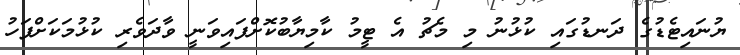
ޔުނައިޓެޑުގެ ދަނޑުގައި ކުޅުނު މި މެޗު އެ ޓީމު ކާމިޔާބުކޮށްފައިވަނީ ވާދަވެރި ކުޅުމަކަށްފަހު